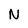
Character: N